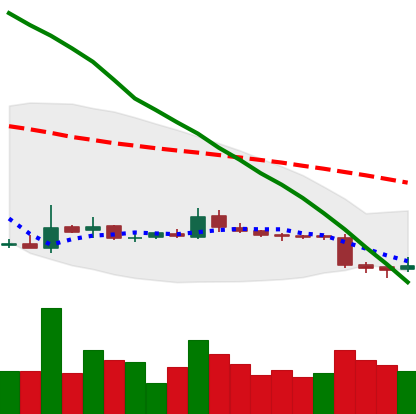
Ticker: ETC-USD
Chart end date: 2018-11-01
Forward return: 9.191%
Label: up_7plus